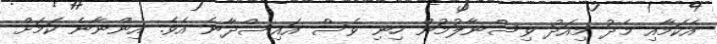
އެކަމާއި މެދު މިއަދު ވިސްނާލުމުން ހިނި ވެސް އައިސްދާނެ އެވެ. އިންނާނެ ކަމަށް